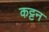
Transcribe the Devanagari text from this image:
कट्टन